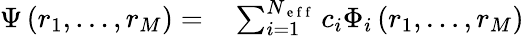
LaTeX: \begin{array}{rl}{\Psi\left(r_{1},\ldots,r_{M}\right)=}&{{}\sum_{i=1}^{N_{\mathrm{~e~f~f~}}}c_{i}\Phi_{i}\left(r_{1},\ldots,r_{M}\right)}\end{array}